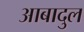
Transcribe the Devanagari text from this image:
आबादुल